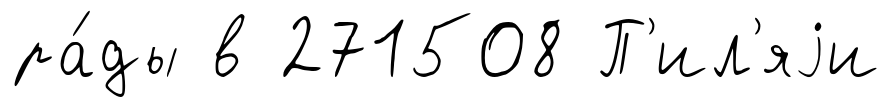
ра́ды в 271508 П'ил'яjи